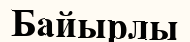
Байырлы